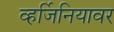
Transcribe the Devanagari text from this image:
व्हर्जिनियावर